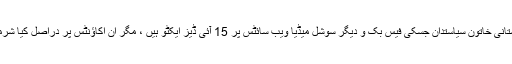
وہ خوبصورت پاکستانی خاتون سیاستدان جسکی فیس بک و دیگر سوشل میڈیا ویب سائٹس پر 15 آئی ڈیز ایکٹو ہیں ، مگر ان اکاؤنٹس پر دراصل کیا شرمناک کام ہوتا ہے ؟